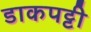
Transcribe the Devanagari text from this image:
डाकपट्टी